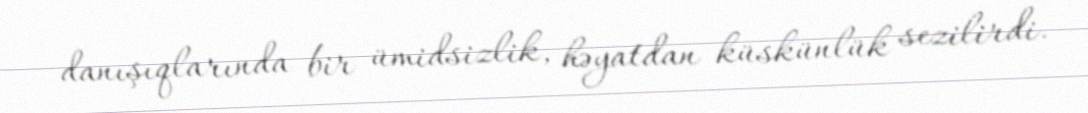
danışıqlarında bir ümidsizlik, həyatdan küskünlük sezilirdi.